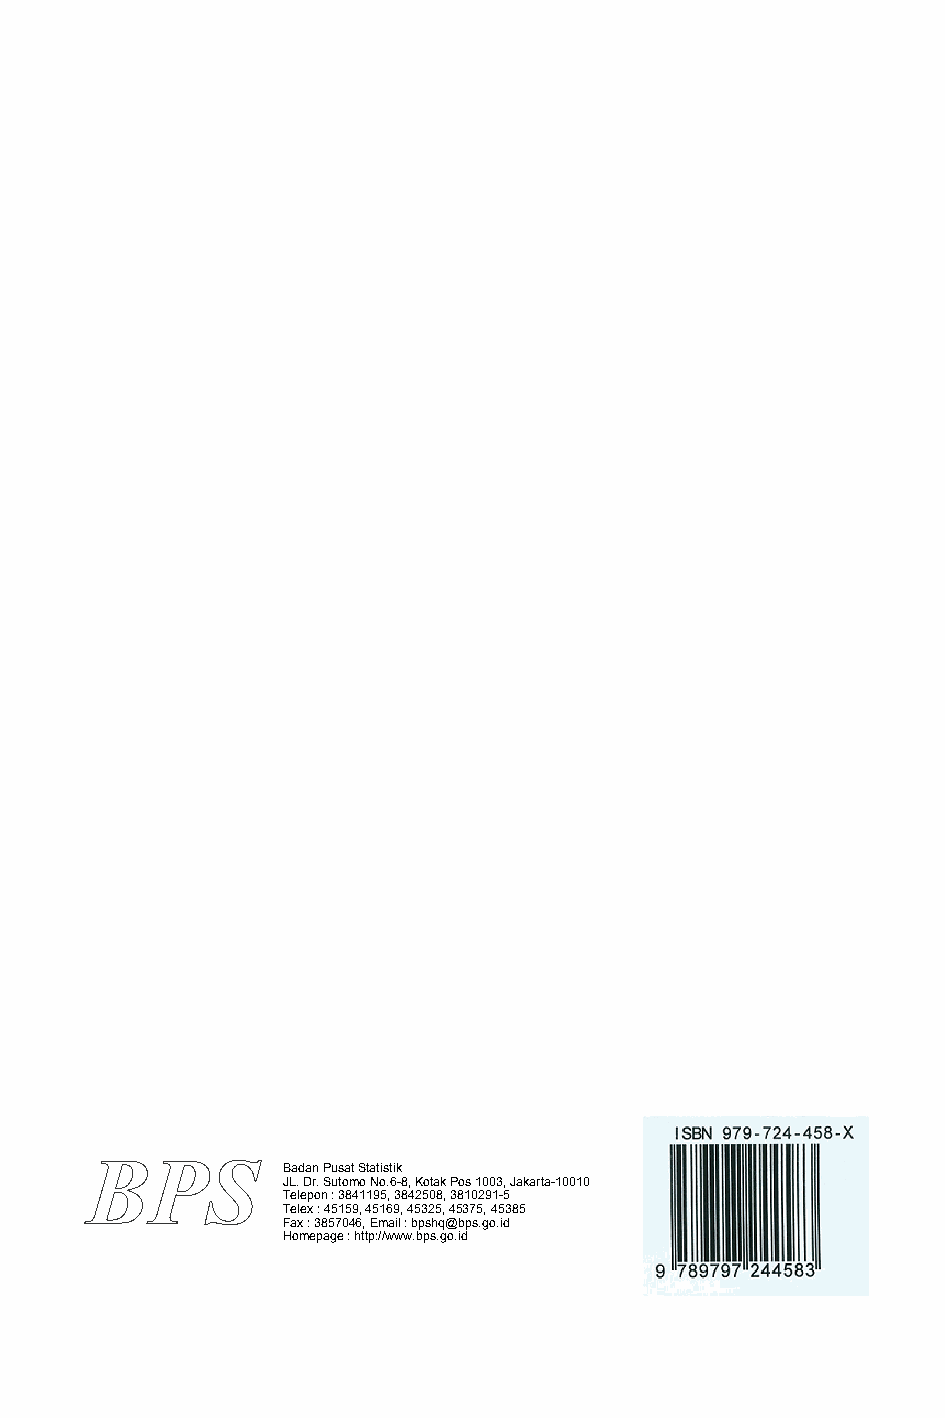
Badan Pusat Statistik
 JL. Dr. Sutomo No.6-8, Kotak Pos 1003, Jakarta-10010
 Telepon : 3841195, 3842508, 3810291-5
 Telex : 45159, 45169, 45325, 45375, 45385
 Fax : 3857046, Email : bpshq@bps.go.id
 Homepage : http://www.b ps.go.id